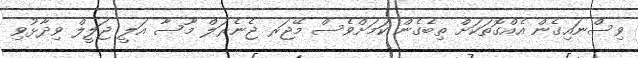
ވިސްނައިގެން އެއްގޮތަކަށް ތިބެގެން ކަމަށްވެސް މޭޖަރ ޖެނެރަލް މޫސާ އަލީ ޖަލީލް ވިދާޅުވި